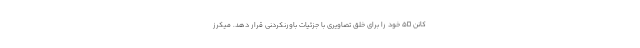
کانن 5D خود را برای خلق تصاویری با جزئیات باورنکردنی قرار دهد. میکرز